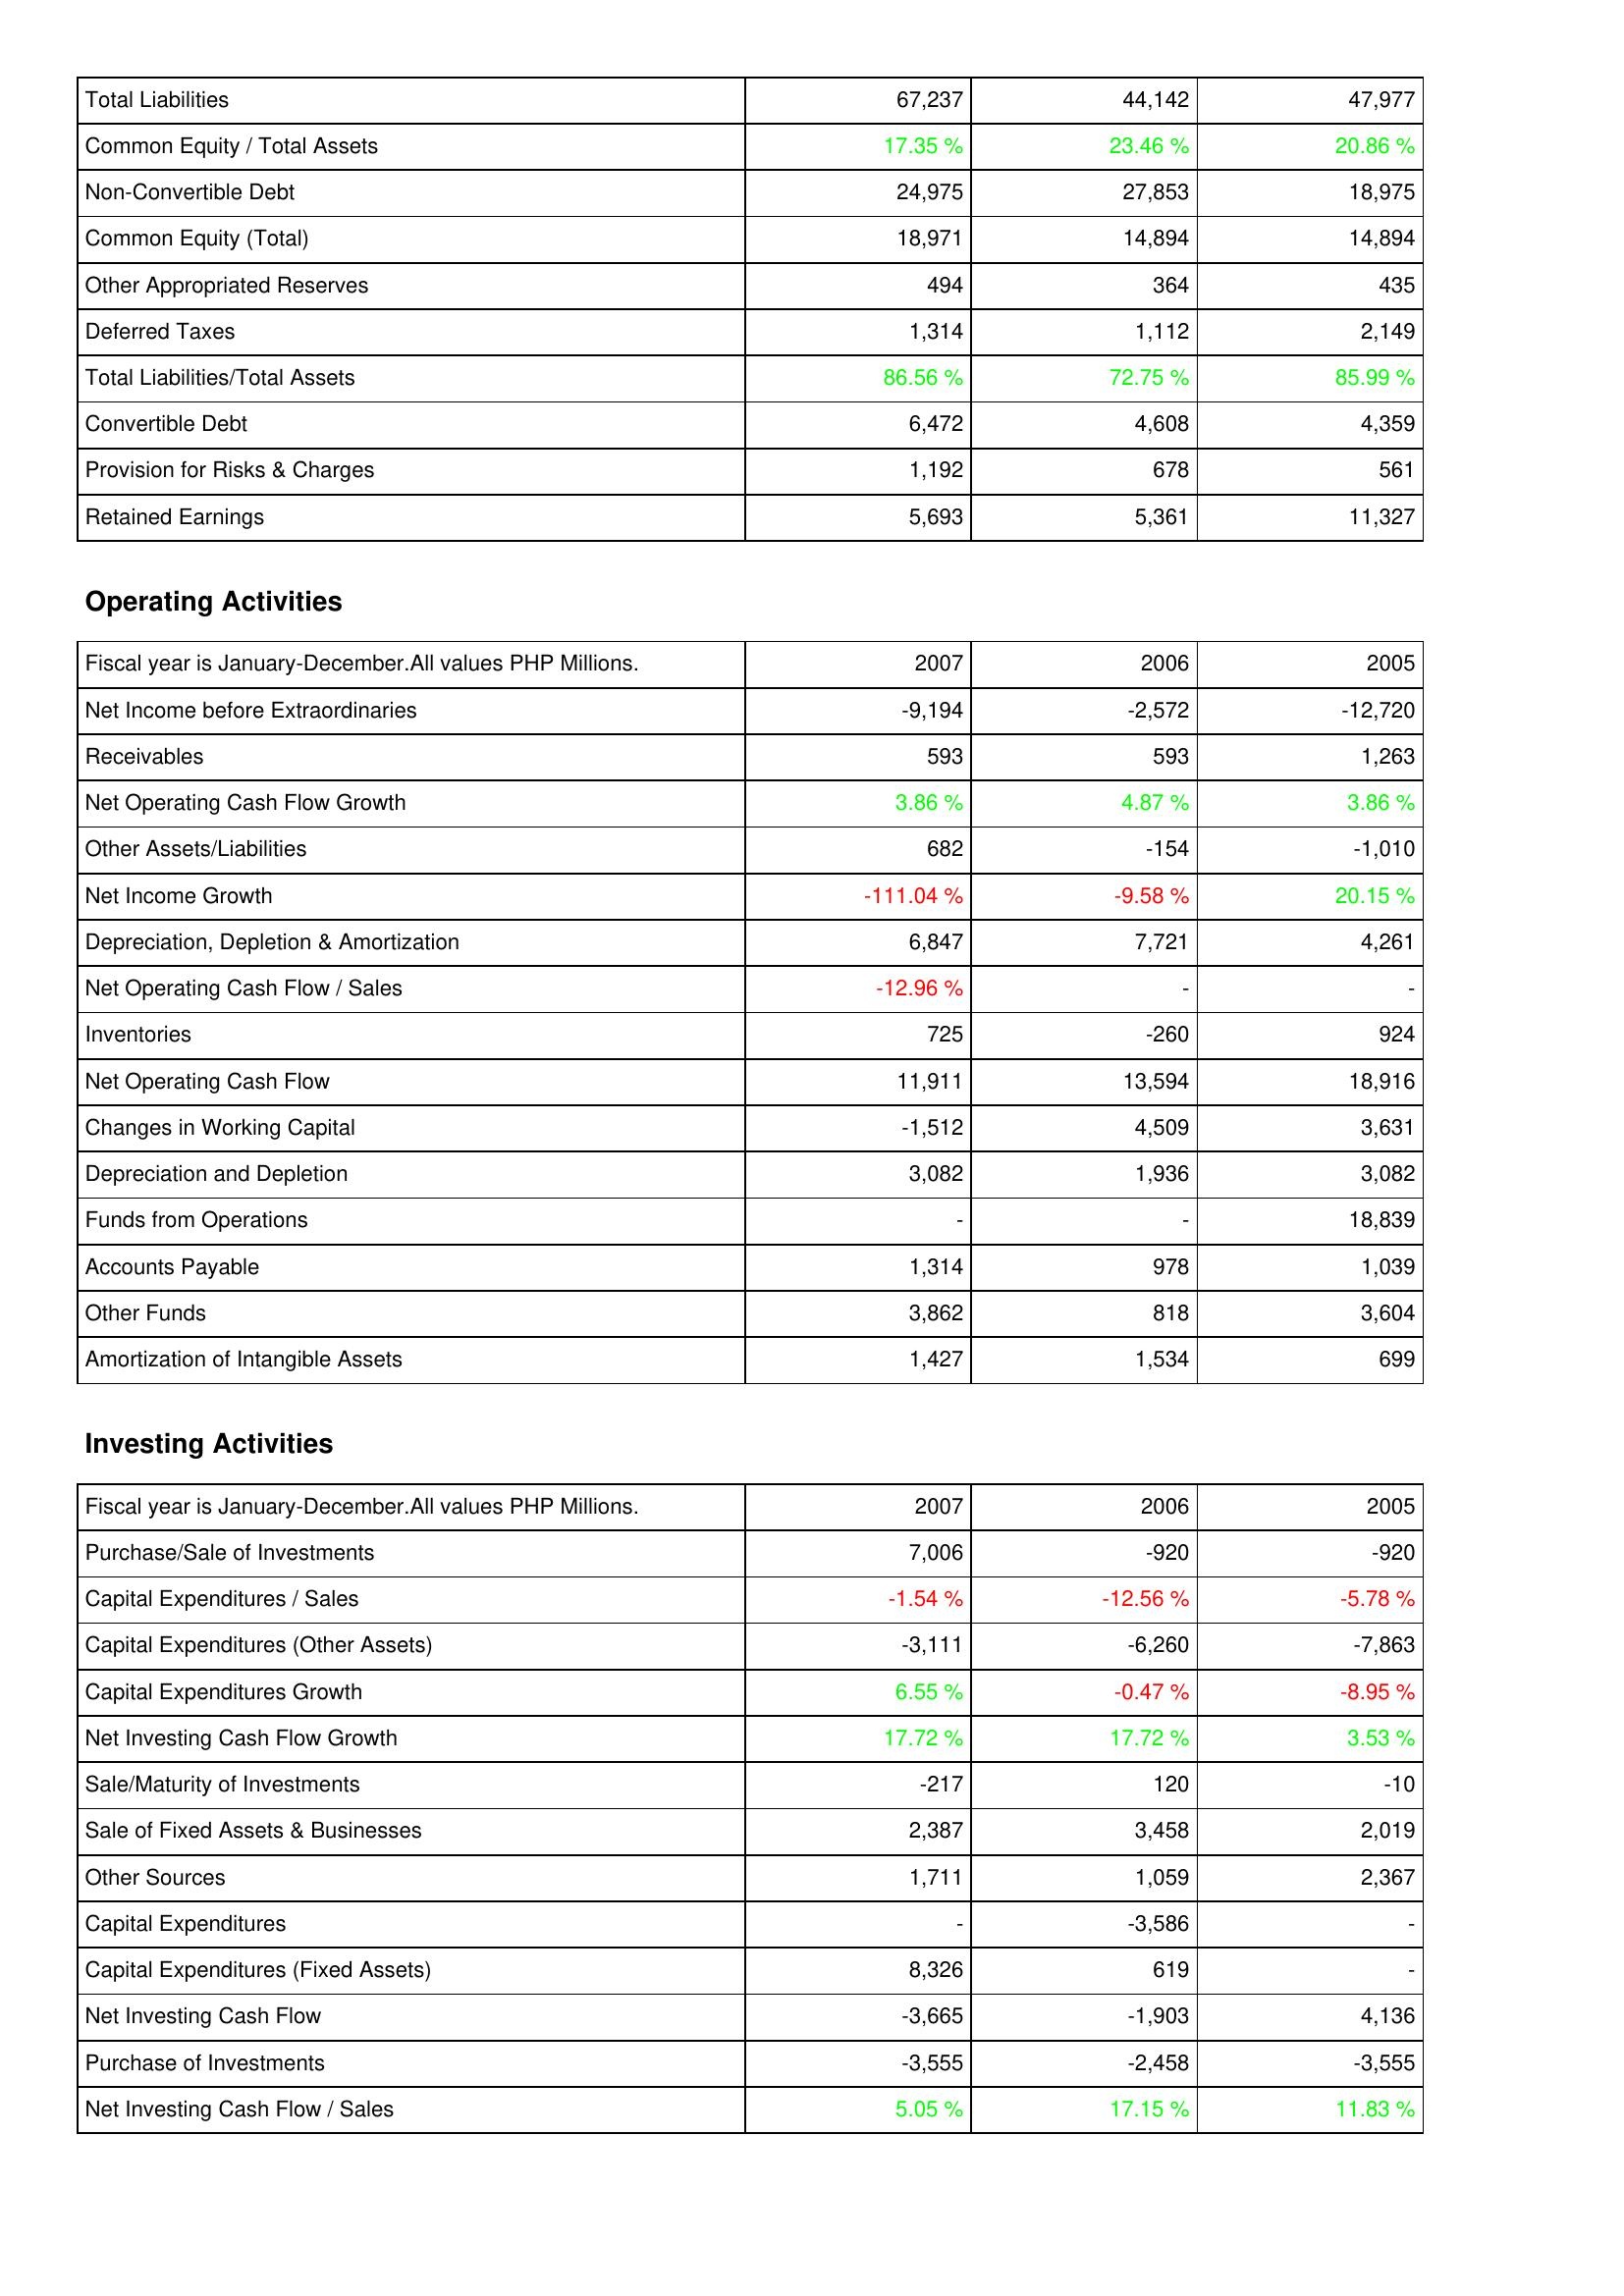
2007: Liabilities & Shareholders' Equity: Total Liabilities: 67,237
Common Equity / Total Assets: 17.35 %
Non-Convertible Debt: 24,975
Common Equity (Total): 18,971
Other Appropriated Reserves: 494
Deferred Taxes: 1,314
Total Liabilities/Total Assets: 86.56 %
Convertible Debt: 6,472
Provision for Risks & Charges: 1,192
Retained Earnings: 5,693
Operating Activities: Net Income before Extraordinaries: -9,194
Receivables: 593
Net Operating Cash Flow Growth: 3.86 %
Other Assets/Liabilities: 682
Net Income Growth: -111.04 %
Depreciation, Depletion & Amortization: 6,847
Net Operating Cash Flow / Sales: -12.96 %
Inventories: 725
Net Operating Cash Flow: 11,911
Changes in Working Capital: -1,512
Depreciation and Depletion: 3,082
Funds from Operations: -
Accounts Payable: 1,314
Other Funds: 3,862
Amortization of Intangible Assets: 1,427
Investing Activities: Purchase/Sale of Investments: 7,006
Capital Expenditures / Sales: -1.54 %
Capital Expenditures (Other Assets): -3,111
Capital Expenditures Growth: 6.55 %
Net Investing Cash Flow Growth: 17.72 %
Sale/Maturity of Investments: -217
Sale of Fixed Assets & Businesses: 2,387
Other Sources: 1,711
Capital Expenditures: -
Capital Expenditures (Fixed Assets): 8,326
Net Investing Cash Flow: -3,665
Purchase of Investments: -3,555
Net Investing Cash Flow / Sales: 5.05 %
2006: Liabilities & Shareholders' Equity: Total Liabilities: 44,142
Common Equity / Total Assets: 23.46 %
Non-Convertible Debt: 27,853
Common Equity (Total): 14,894
Other Appropriated Reserves: 364
Deferred Taxes: 1,112
Total Liabilities/Total Assets: 72.75 %
Convertible Debt: 4,608
Provision for Risks & Charges: 678
Retained Earnings: 5,361
Operating Activities: Net Income before Extraordinaries: -2,572
Receivables: 593
Net Operating Cash Flow Growth: 4.87 %
Other Assets/Liabilities: -154
Net Income Growth: -9.58 %
Depreciation, Depletion & Amortization: 7,721
Net Operating Cash Flow / Sales: -
Inventories: -260
Net Operating Cash Flow: 13,594
Changes in Working Capital: 4,509
Depreciation and Depletion: 1,936
Funds from Operations: -
Accounts Payable: 978
Other Funds: 818
Amortization of Intangible Assets: 1,534
Investing Activities: Purchase/Sale of Investments: -920
Capital Expenditures / Sales: -12.56 %
Capital Expenditures (Other Assets): -6,260
Capital Expenditures Growth: -0.47 %
Net Investing Cash Flow Growth: 17.72 %
Sale/Maturity of Investments: 120
Sale of Fixed Assets & Businesses: 3,458
Other Sources: 1,059
Capital Expenditures: -3,586
Capital Expenditures (Fixed Assets): 619
Net Investing Cash Flow: -1,903
Purchase of Investments: -2,458
Net Investing Cash Flow / Sales: 17.15 %
2005: Liabilities & Shareholders' Equity: Total Liabilities: 47,977
Common Equity / Total Assets: 20.86 %
Non-Convertible Debt: 18,975
Common Equity (Total): 14,894
Other Appropriated Reserves: 435
Deferred Taxes: 2,149
Total Liabilities/Total Assets: 85.99 %
Convertible Debt: 4,359
Provision for Risks & Charges: 561
Retained Earnings: 11,327
Operating Activities: Net Income before Extraordinaries: -12,720
Receivables: 1,263
Net Operating Cash Flow Growth: 3.86 %
Other Assets/Liabilities: -1,010
Net Income Growth: 20.15 %
Depreciation, Depletion & Amortization: 4,261
Net Operating Cash Flow / Sales: -
Inventories: 924
Net Operating Cash Flow: 18,916
Changes in Working Capital: 3,631
Depreciation and Depletion: 3,082
Funds from Operations: 18,839
Accounts Payable: 1,039
Other Funds: 3,604
Amortization of Intangible Assets: 699
Investing Activities: Purchase/Sale of Investments: -920
Capital Expenditures / Sales: -5.78 %
Capital Expenditures (Other Assets): -7,863
Capital Expenditures Growth: -8.95 %
Net Investing Cash Flow Growth: 3.53 %
Sale/Maturity of Investments: -10
Sale of Fixed Assets & Businesses: 2,019
Other Sources: 2,367
Capital Expenditures: -
Capital Expenditures (Fixed Assets): -
Net Investing Cash Flow: 4,136
Purchase of Investments: -3,555
Net Investing Cash Flow / Sales: 11.83 %